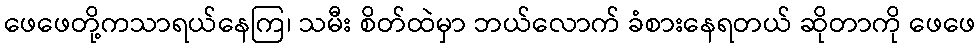
ဖေဖေတို့ကသာရယ်နေကြ၊ သမီး စိတ်ထဲမှာ ဘယ်လောက် ခံစားနေရတယ် ဆိုတာကို ဖေဖေ